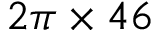
2 \pi \times 4 6